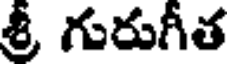
శ్రీ గురుగీత